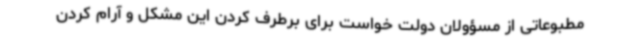
مطبوعاتی از مسؤولان دولت خواست برای برطرف کردن این مشکل و آرام کردن